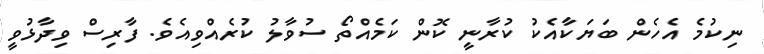
ނިކުމެ އެހެން ބަޔަކާއެކު ކުރާނީ ކޮން ކަމެއްތޯ ސުވާލު ކުރެއްވިއެވެ. ފާރިސް ވިދާޅުވީ